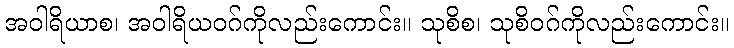
အဝါရိယာစ၊ အဝါရိယဝဂ်ကိုလည်းကောင်း။ သုစိစ၊ သုစိဝဂ်ကိုလည်းကောင်း။